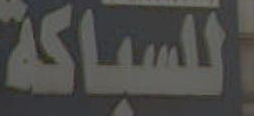
اللسباكة